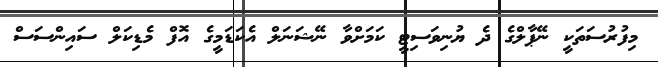
މިފުރުސަތަކީ ނޭޕާލްގެ ދެ ޔުނިވަސިޓީ ކަމަށްވާ ނޭޝަނަލް އެކަޑަމީގެ އޮފް މެޑިކަލް ސައިންސަަސް